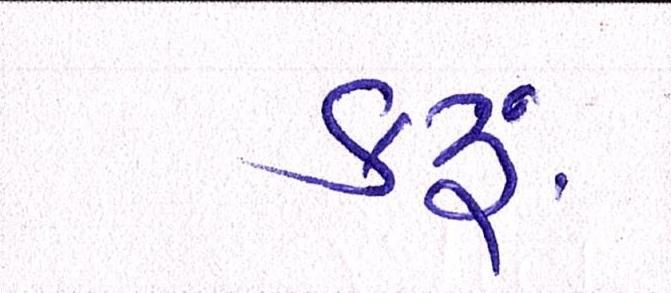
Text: કરૂં